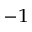
^ { - 1 }